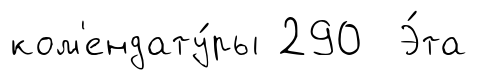
ком'ендату́ры 290 Э́та